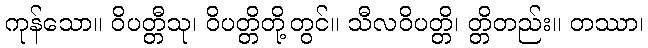
ကုန်သော။ ဝိပတ္တီသု၊ ဝိပတ္တိတို့တွင်။ သီလဝိပတ္တိ၊ တ္တိတည်း။ တဿာ၊